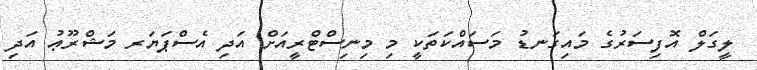
ލީގަލް އޮފިސަރުގެ މައިގަނޑު މަސައްކަތަކީ މި މިނިސްޓްރީއަށް އަދި އެސްޕަޔަރ މަޝްރޫޢު އަދި